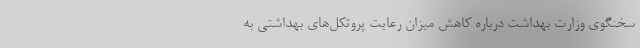
سخنگوی وزارت بهداشت درباره کاهش میزان رعایت پروتکل‌های بهداشتی به